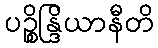
ပဉ္စိန္ဒြိယာနီတိ